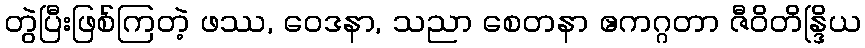
တွဲပြီးဖြစ်ကြတဲ့ ဖဿ, ဝေဒနာ, သညာ စေတနာ ဧကဂ္ဂတာ ဇီဝိတိန္ဒြိယ